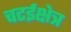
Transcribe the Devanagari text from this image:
चटईक्षेत्र